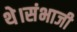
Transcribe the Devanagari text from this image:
थे।संभाजी